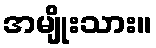
အမျိုးသား။